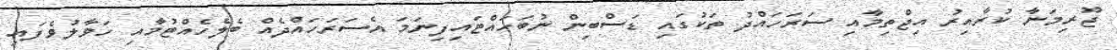
ޖޫރިމަނާ ކުރާއިރު އިޖްތިމާއި ސަރަހައްދު ތަކުގައި ޑަސްބިން ނުބަހައްޓައިފިނަމަ އެސަރަހައްދެއް ބެލެހެއްޓުމާއި ހަވާލުވެފައި